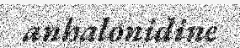
anhalonidine